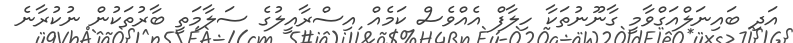
އަދި ބައިނަލްއަގްވާމީ ގާނޫނުތަކާ ހިލާފް އެއްވެސް ކަމެއް އިސްރާއީލުގެ ސަލާމަތީ ބާރުތަކުން ނުކުރާނެ